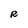
Character: R